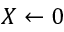
X \gets 0